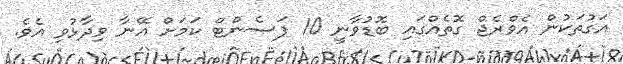
އަގުތަކުން އެވްރެޖް ގޮތެއްގައި ބޮޑުވާނީ 10 ޕަސެންޓް ކަމަށް އޭނާ ވިދާޅުވި އެވެ.